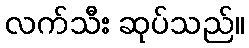
လက်သီး ဆုပ်သည်။